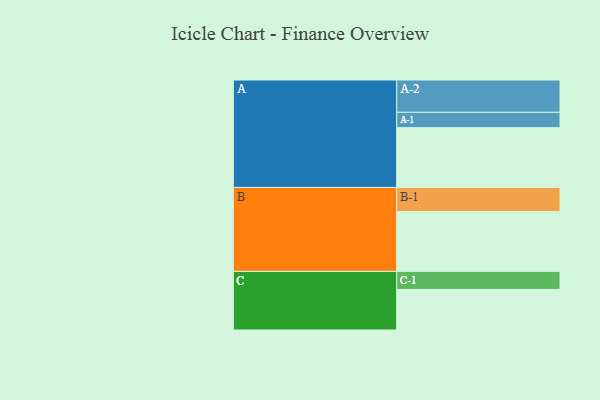
{"axis": {"x": "Segment", "y": "Value"}, "legend": ["", "A", "B", "C"], "data": [{"x": "A", "y": 448, "type": ""}, {"x": "B", "y": 448, "type": ""}, {"x": "C", "y": 304, "type": ""}, {"x": "A-1", "y": 115, "type": "A"}, {"x": "A-2", "y": 242, "type": "A"}, {"x": "B-1", "y": 181, "type": "B"}, {"x": "C-1", "y": 135, "type": "C"}]}